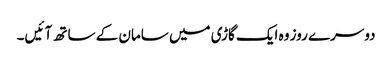
دوسرے روز وہ ایک گاڑی میں سامان کے ساتھ آ ئیں۔